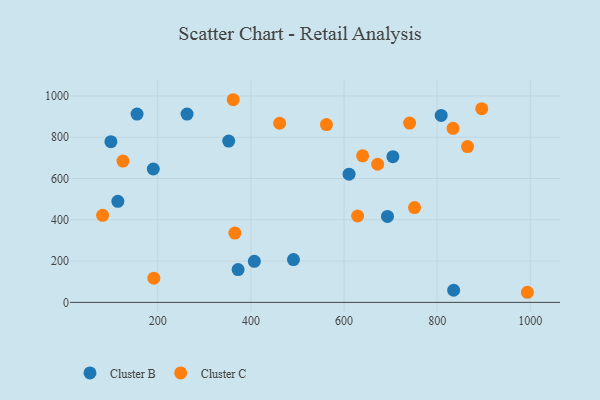
{"axis": {"x": "Distance", "y": "Demand"}, "legend": ["Cluster B", "Cluster C"], "data": [{"x": "372.5", "y": 159.0, "type": "Cluster B"}, {"x": "190.4", "y": 645.9, "type": "Cluster B"}, {"x": "262.9", "y": 911.8, "type": "Cluster B"}, {"x": "99.4", "y": 778.4, "type": "Cluster B"}, {"x": "704.9", "y": 705.6, "type": "Cluster B"}, {"x": "693.3", "y": 416.4, "type": "Cluster B"}, {"x": "114.3", "y": 489.5, "type": "Cluster B"}, {"x": "835.4", "y": 58.6, "type": "Cluster B"}, {"x": "808.6", "y": 905.4, "type": "Cluster B"}, {"x": "155.5", "y": 912.2, "type": "Cluster B"}, {"x": "352.3", "y": 781.3, "type": "Cluster B"}, {"x": "491.4", "y": 207.2, "type": "Cluster B"}, {"x": "407.4", "y": 198.8, "type": "Cluster B"}, {"x": "610.8", "y": 620.8, "type": "Cluster B"}, {"x": "562.3", "y": 861.2, "type": "Cluster C"}, {"x": "461.7", "y": 867.5, "type": "Cluster C"}, {"x": "672.2", "y": 669.0, "type": "Cluster C"}, {"x": "865.2", "y": 754.4, "type": "Cluster C"}, {"x": "993.7", "y": 48.9, "type": "Cluster C"}, {"x": "81.6", "y": 421.5, "type": "Cluster C"}, {"x": "834.1", "y": 842.9, "type": "Cluster C"}, {"x": "740.8", "y": 868.3, "type": "Cluster C"}, {"x": "629.2", "y": 418.4, "type": "Cluster C"}, {"x": "639.9", "y": 710.0, "type": "Cluster C"}, {"x": "365.6", "y": 335.6, "type": "Cluster C"}, {"x": "895.7", "y": 938.1, "type": "Cluster C"}, {"x": "751.4", "y": 459.0, "type": "Cluster C"}, {"x": "362.1", "y": 981.5, "type": "Cluster C"}, {"x": "125.3", "y": 684.3, "type": "Cluster C"}, {"x": "191.6", "y": 117.1, "type": "Cluster C"}]}